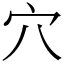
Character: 穴